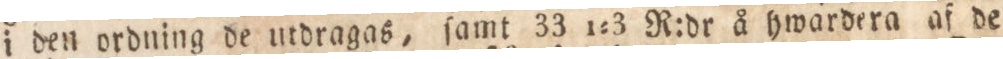
i den ordning de utdragas, ſamt 33 1:3 R:dr å hwardera af de